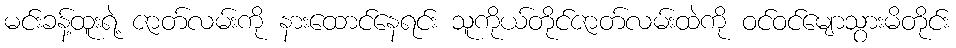
မင်းခန့်ထူးရဲ့ ဇာတ်လမ်းကို နားထောင်နေရင်း သူကိုယ်တိုင်ဇာတ်လမ်းထဲကို ဝင်ဝင်မျောသွားမိတိုင်း